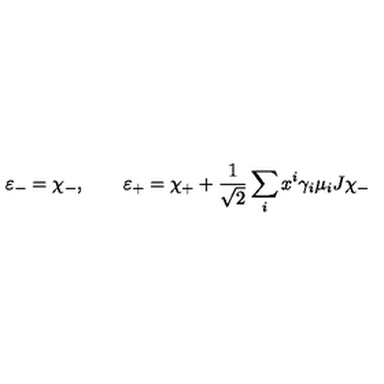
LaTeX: \varepsilon _ { - } = \chi _ { - } , \qquad \varepsilon _ { + } = \chi _ { + } + \frac { 1 } { \sqrt 2 } \sum _ { i } x ^ { i } \gamma _ { i } \mu _ { i } J \chi _ { - }